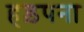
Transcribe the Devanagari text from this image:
हड़पना